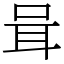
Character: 咠